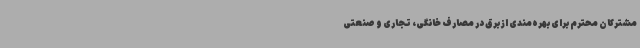
مشترکان محترم برای بهره‌مندی از برق در مصارف خانگی، تجاری و صنعتی